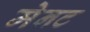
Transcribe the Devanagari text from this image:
मेनट